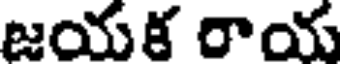
జయక రాయ